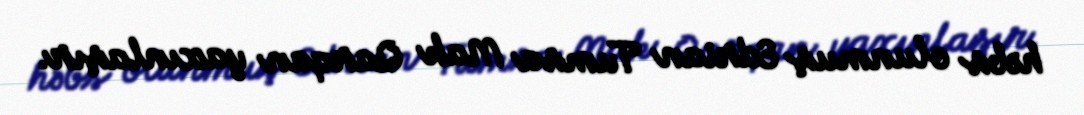
həbs olunmuş Edrian Tumsa Mak Qarqan yaxınlaşır.